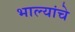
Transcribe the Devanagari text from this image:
भाल्यांचे